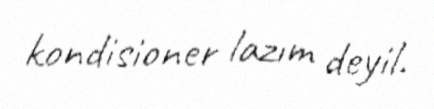
kondisioner lazım deyil.